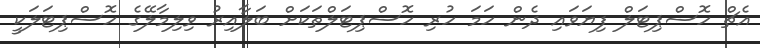
އެޗް ހޮސްޕިޓަލް ފިޔަވައި ދެން ހަމަ ހުރި ހޮސްޕިޓަލްތަކަށް ބަލާއިރު ވިލިމާލޭގެ ހޮސްޕިޓަލަކީ